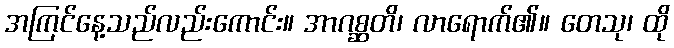
အကြင်နေ့သည်လည်းကောင်း။ အာဂစ္ဆတိ၊ လာရောက်၏။ တေသု၊ ထို